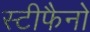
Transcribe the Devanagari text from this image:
स्टीफैनो